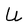
Character: U